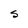
Character: S